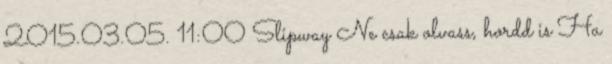
2015.03.05. 11:00 Slipway Ne csak olvass, hordd is Ha